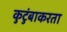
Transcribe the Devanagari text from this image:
कुटुंबाकरता